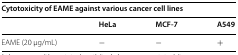
| <COLSPAN=4> Cytotoxicity of EAME against various cancer cell lines |
 |  | HeLa | MCF-7 | A549 |
 | --- | --- | --- | --- |
 | EAME (20 μg/mL) | − | − | + |